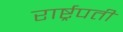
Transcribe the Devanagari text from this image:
रार्ष्ट्रपती